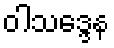
ဝါသဒ္ဒေန